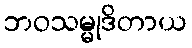
ဘဝသမ္မုဒိတာယ